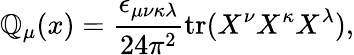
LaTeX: \mathbb{Q}_{\mu}(x)=\frac{{\epsilon_{\mu\nu\kappa\lambda}}}{{24\pi^{2}}}\mathrm{{tr}}(X^{\nu}X^{\kappa}X^{\lambda}),